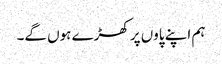
ہم اپنے پاوں پر کھڑے ہوں گے۔